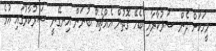
މީހަކަށް ދެން ސަރުކާރާއި ބެހޭ ގޮތުން އެއްޗެއް ބުނަން އިނގޭނީ ސަރުކާރުގައި އުޅެ